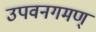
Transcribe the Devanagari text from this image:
उपवनगमण्